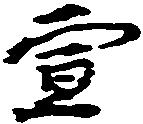
宣